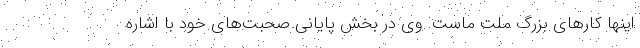
اینها کارهای بزرگ ملت ماست. وی در بخش پایانی صحبت‌های خود با اشاره